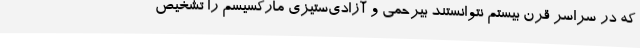
که در سراسر قرن بیستم نتوانستند بیرحمی و آزادی‌ستیزی مارکسیسم را تشخیص